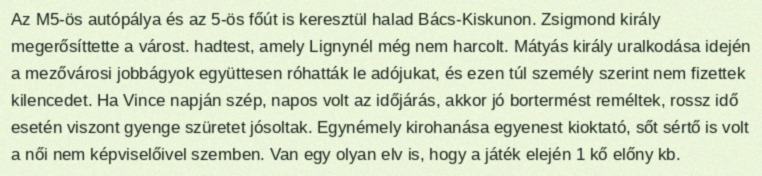
Az M5-ös autópálya és az 5-ös főút is keresztül halad Bács-Kiskunon. Zsigmond király megerősíttette a várost. hadtest, amely Lignynél még nem harcolt. Mátyás király uralkodása idején a mezővárosi jobbágyok együttesen róhatták le adójukat, és ezen túl személy szerint nem fizettek kilencedet. Ha Vince napján szép, napos volt az időjárás, akkor jó bortermést reméltek, rossz idő esetén viszont gyenge szüretet jósoltak. Egynémely kirohanása egyenest kioktató, sőt sértő is volt a női nem képviselőivel szemben. Van egy olyan elv is, hogy a játék elején 1 kő előny kb.